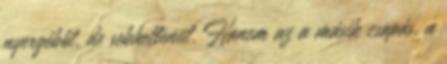
nyergéből, de sebhetlenül. Hanem az a másik csapás, a